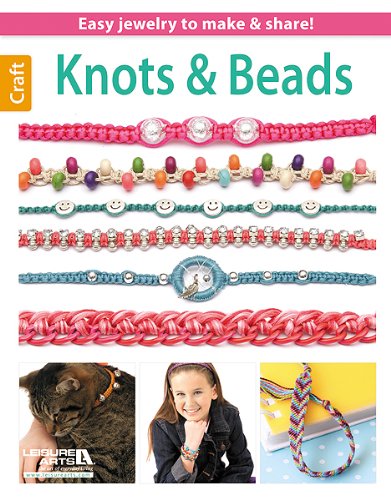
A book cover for Knots & Beads; Leisure Arts; Crafts, Hobbies & Home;